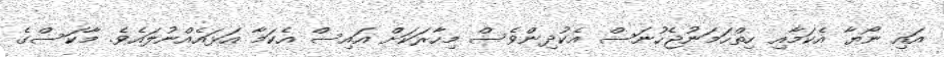
އައި ނޯޔާ އެކަމާއި ހިތްހަމަނުޖެހުނަސް އެކުދިންވެސް މިހާރަކަށް އައިސް އެކަމާ އަޅައެއްނުލައެވެ. މާކަސްގެ